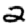
Digit: 2